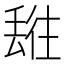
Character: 𬻯